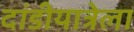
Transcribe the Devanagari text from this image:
दांडीयात्रेला